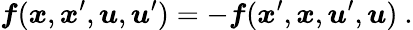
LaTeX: \boldsymbol{f}(\boldsymbol{x},\boldsymbol{x}^{\prime},\boldsymbol{u},\boldsymbol{u}^{\prime})=-\boldsymbol{f}(\boldsymbol{x}^{\prime},\boldsymbol{x},\boldsymbol{u}^{\prime},\boldsymbol{u})\ .